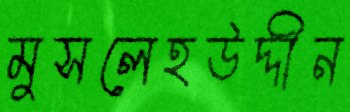
মুসলেহউদ্দীন